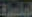
العلمية